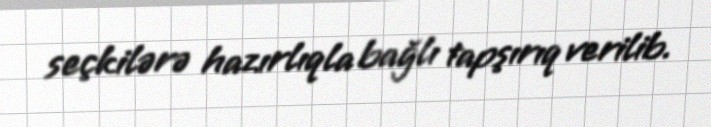
seçkilərə hazırlıqla bağlı tapşırıq verilib.